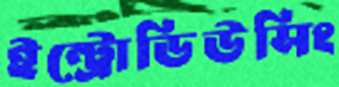
ইন্ট্রোডিউসিং